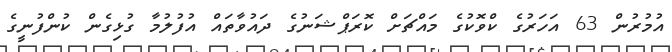
އުމުރުން 63 އަހަރުގެ ކްވޮކުގެ މައްޗަށް ކޮރަޕްޝަނުގެ ދައުވާތައް އުފުލުމާ ގުޅިގެން ކުންފުނީގެ